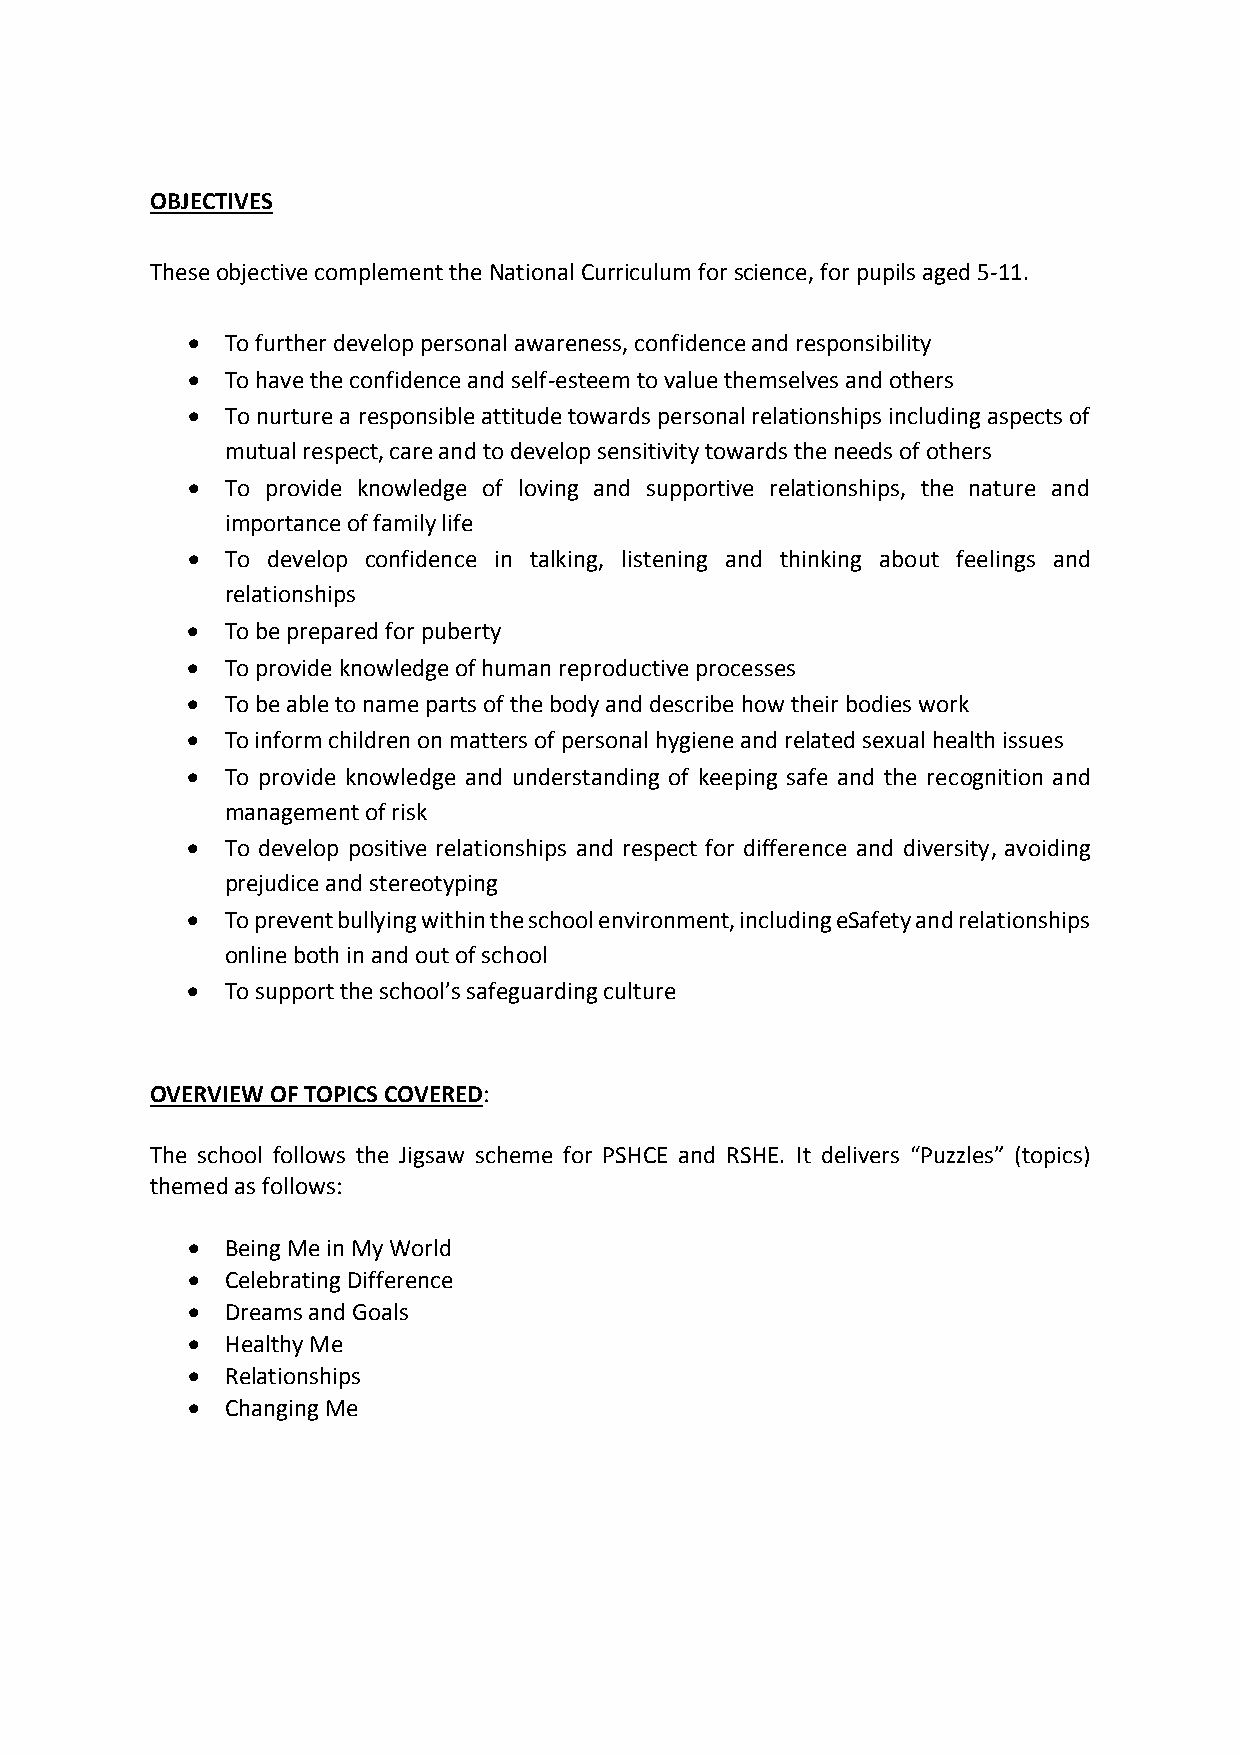
OBJECTIVES
 These objective complement the National Curriculum for science, for pupils aged 5-11.
   To further develop personal awareness, confidence and responsibility
   To have the confidence and self-esteem to value themselves and others
   To nurture a responsible attitude towards personal relationships including aspects of
 mutual respect, care and to develop sensitivity towards the needs of others
   To provide knowledge of loving and supportive relationships, the nature and
 importance of family life
   To develop confidence in talking, listening and thinking about feelings and
 relationships
   To be prepared for puberty
   To provide knowledge of human reproductive processes
   To be able to name parts of the body and describe how their bodies work
   To inform children on matters of personal hygiene and related sexual health issues
   To provide knowledge and understanding of keeping safe and the recognition and
 management of risk
   To develop positive relationships and respect for difference and diversity, avoiding
 prejudice and stereotyping
   To prevent bullying within the school environment, including eSafety and relationships
 online both in and out of school
   To support the school’s safeguarding culture
 OVERVIEW OF TOPICS COVERED:
 The school follows the Jigsaw scheme for PSHCE and RSHE. It delivers “Puzzles” (topics)
 themed as follows:
   Being Me in My World
   Celebrating Difference
   Dreams and Goals
   Healthy Me
   Relationships
   Changing Me